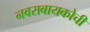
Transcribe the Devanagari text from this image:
नवराबायकोचीं